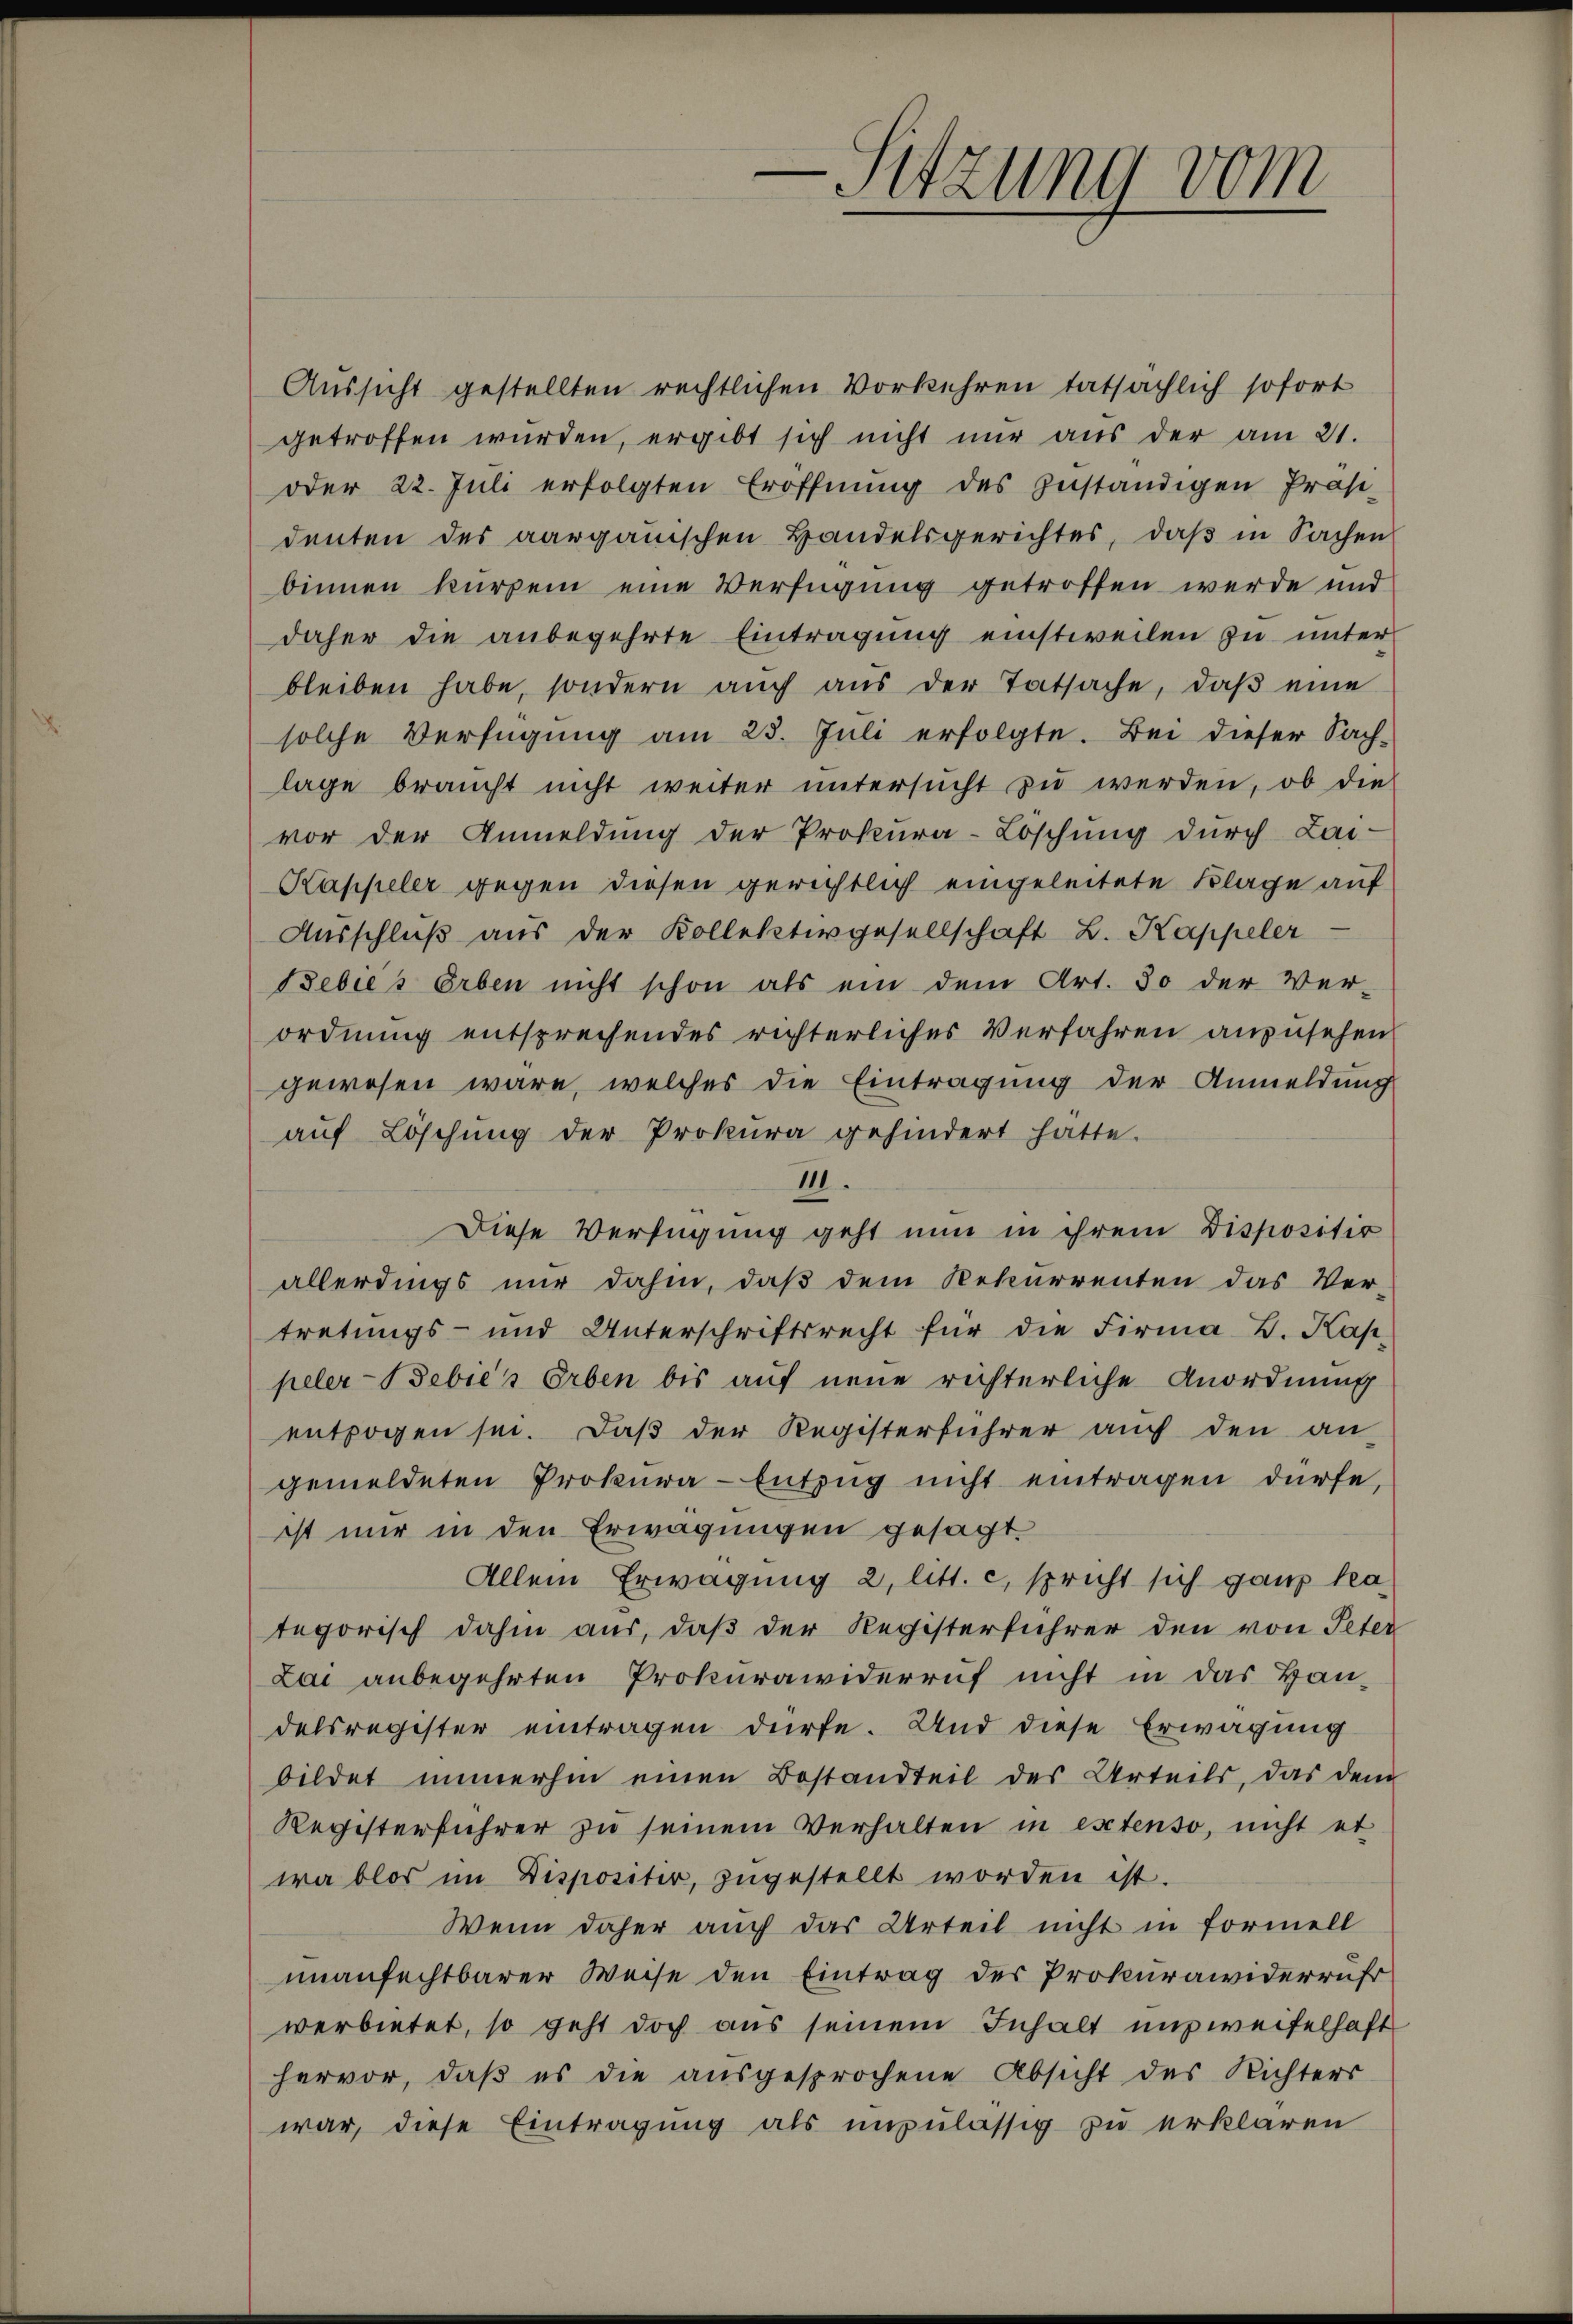
-Sitzung vom

Aussicht gestellten rechtlichen Vorkehren tatsächlich sofort
getroffen würden, ergibt sich nicht nur aus der am 21.
oder 22. Jŭli erfolgten Eröffnŭng des zuständigen Präsi-
denten des aargauischen Handelsgerichtes, daß in Sachen
binnen kurzem eine Verfügung getroffen werde und
daher die anbegehrte Eintragung einstweilen zu unter
bleiben habe, sondern aŭch aŭs der Tatsache, daβ eine
solche Verfügung am 25. Jŭli erfolgte. Bei dieser Sach-
lage braucht nicht weiter ŭntersŭcht zŭ werden, ob die
vor der Anmeldung der Prokura-Löschung durch Lai-
Kappeler gegen diesen gerichtlich eingeleitete Klage auf
Ausschluß aus der Kollektivgesellschaft L. Kappeler
Bebies Erben nicht schon als ein dem Art. 30 der Ver-
ordnung entsprechendes richterliches Verfahren anzusehen
gewesen wäre, welches die Eintragung der Anmeldung
auf Löschung der Prokura gehindert hatte.
111.
Diese Verfügung geht nun in ihrem Dispositio
allerdings nur dahin, daß dem Rekurrenten das Ver-
tretungs- und Unterschriftsrecht für die Firma B. Kap
peler-Bebić's Erben bis auf neue richterliche Anordnung
entzogen sei. Daβ der Registerführer auch den an
gemeldeten Prokura-Entzug nicht eintragen dürfe,
ist nur in den Erwägungen gesagt.
Allein Erwägung 2, litt. c, spricht sich ganz kategorisch dahin aus, daß der Registerführer den von Peter
Lai anbegehrten Prokurawiderruf nicht in das Handelsregister eintragen dürfe. Und diese Erwägung
bildet immerhin einen Bestandteil des Urteils, das dem
Registerführer zu seinem Verhalten in extenso, nicht et
wa blos im Dispositer, zugestellt worden ist.
Wenn daher auch das Urteil nicht in formell
unanfechtbarer Weise den Eintrag des Prokurawiderrufs
verbietet, so geht doch aus seinem Inhalt unzweifelhaft
hervor, daβ es die aŭsgesprochene Absicht des Richters
war, diese Eintragung als unzulässig zu erklären